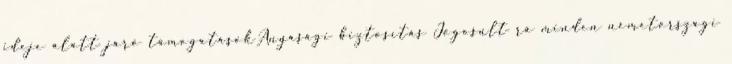
ideje alatt járó támogatásokAnyasági biztosítás Jogosult rá minden németországi